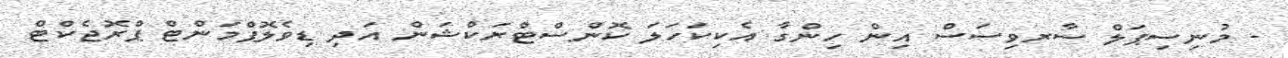
- މުނިސިޕަލް ސާރވިސަސް އިން ހިންގާ އެކިކަހަލަ ކޮންސްޓްރަކްޝަން އަދި ޑިވެލޮޕްމަންޓް ޕްރޮޖެކްޓް